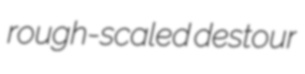
rough-scaled destour